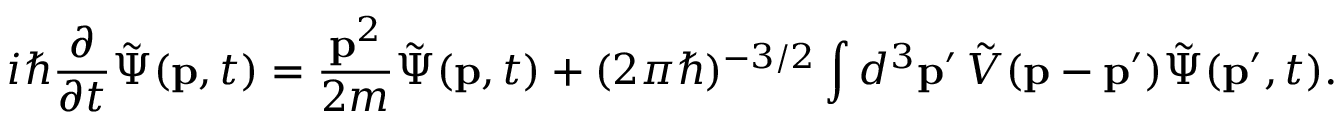
i \hbar { \frac { \partial } { \partial t } } { \tilde { \Psi } } ( \mathbf { p } , t ) = { \frac { \mathbf { p } ^ { 2 } } { 2 m } } { \tilde { \Psi } } ( \mathbf { p } , t ) + ( 2 \pi \hbar ) ^ { - 3 / 2 } \int d ^ { 3 } \mathbf { p } ^ { \prime } \, { \tilde { V } } ( \mathbf { p } - \mathbf { p } ^ { \prime } ) { \tilde { \Psi } } ( \mathbf { p } ^ { \prime } , t ) .